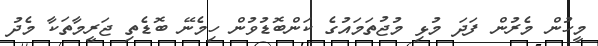
މީހުން މެރުން ފަދަ މުޅި މުޖުތަމައުގެ ކަންބޮޑުވުން ހިމެނޭ ބޮޑެތި ޖަރީމާތަކާ މެދު